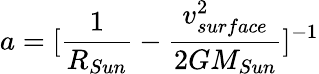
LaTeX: a=\lbrack\frac{1}{R_{Sun}}-\frac{v_{surface}^{2}}{2GM_{Sun}}\rbrack^{-1}